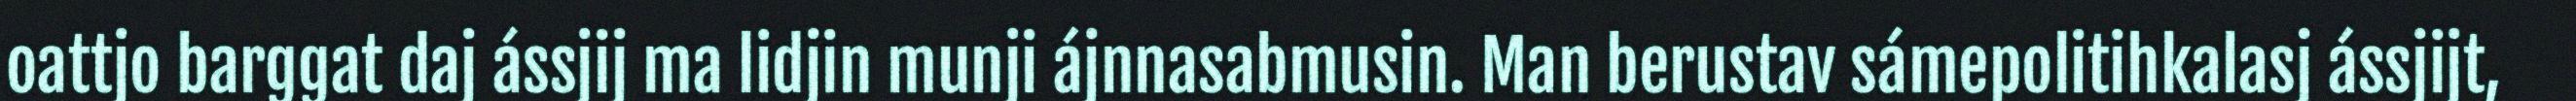
oattjo barggat daj ássjij ma lidjin munji ájnnasabmusin. Man berustav sámepolitihkalasj ássjijt,